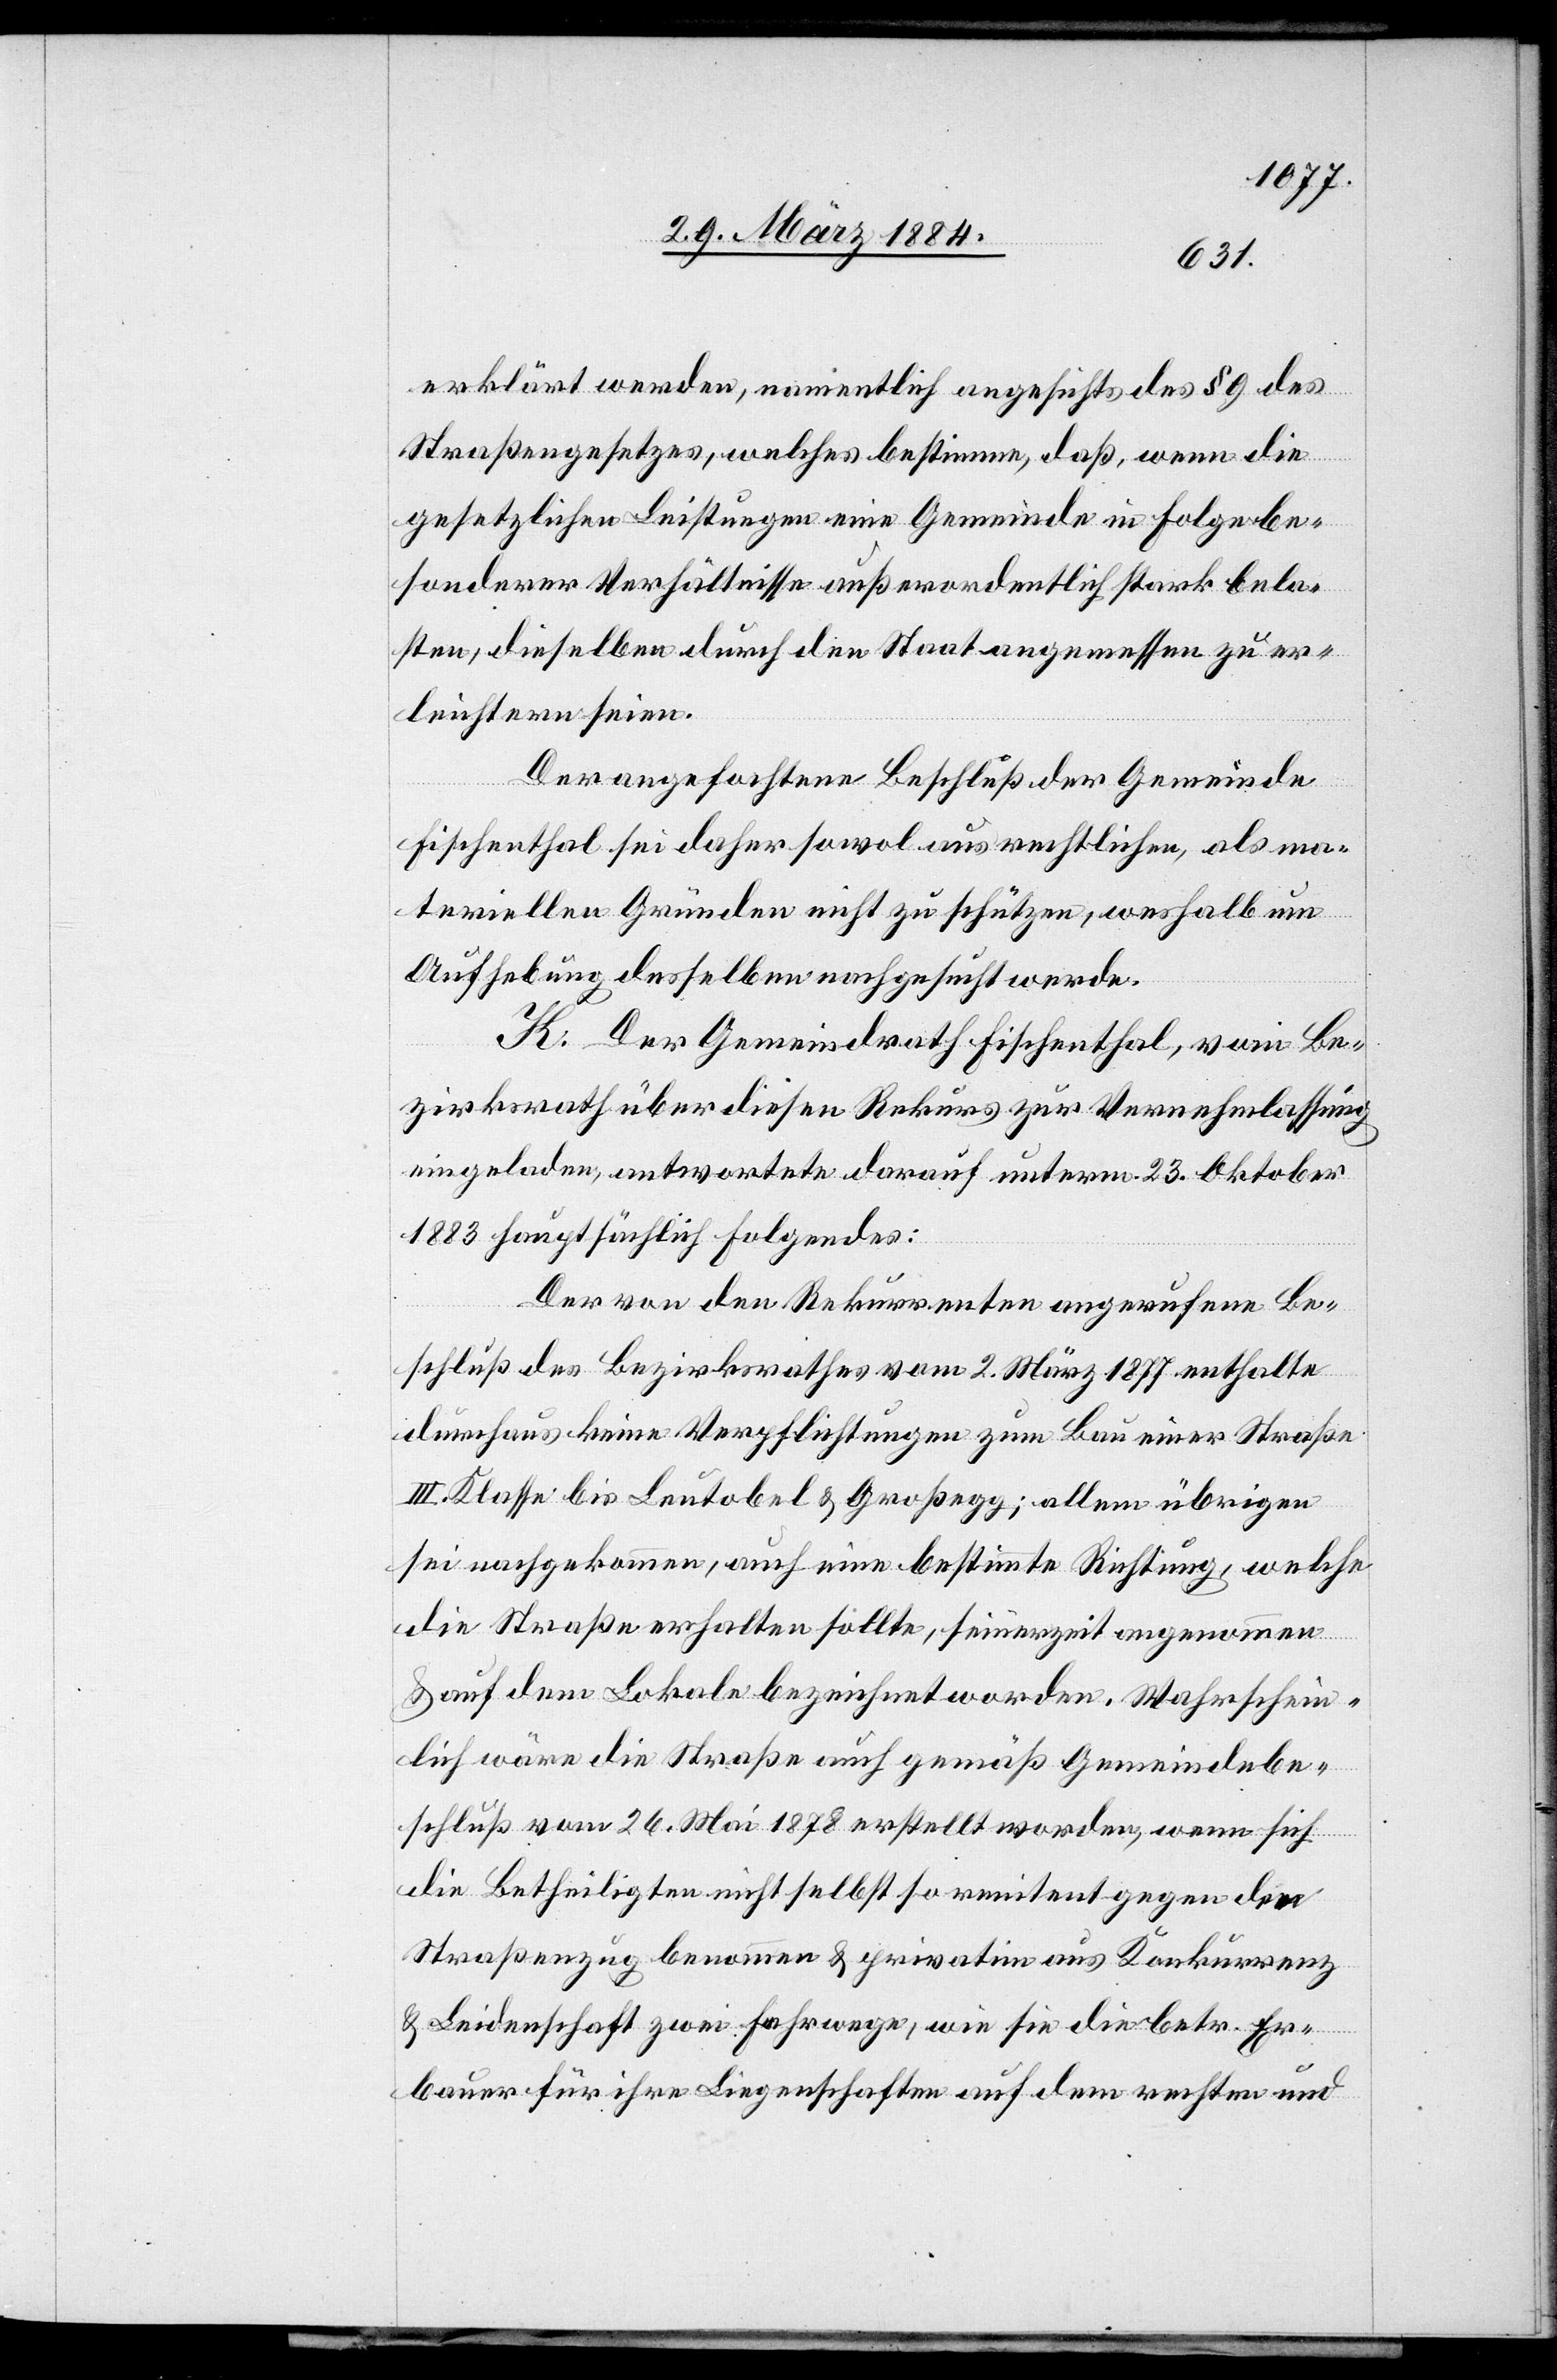
erklärt werden, namentlich angesichts des § 9 des
Straßengesetzes, welcher bestimme, daß, wenn die
gesetzlichen Leistungen eine Gemeinde in Folge be¬
sonderer Verhältnisse außerordentlich stark bela¬
sten, dieselben durch den Staat angemessen zu er¬
leichtern seien.
Der angefochtene Beschluß der Gemeinde
Fischenthal sei daher sowol aus rechtlichen, als ma¬
teriellen Gründen nicht zu schützen, weshalb um
Aufhebung desselben nachgesucht werde.
K. Der Gemeindrath Fischenthal, vom Be¬
zirksrath über diesen Rekurs zur Vernehmlassung
eingeladen, antwortete darauf unterm 23. Oktober
1883 hauptsächlich Folgendes:
Der von den Rekurrenten angerufene Be¬
schluß des Bezirksrathes vom 2. März 1877 enthalte
durchaus keine Verpflichtungen zum Bau einer Straße
III. Klasse bis Leutobel & Großegg; allem übrigen
sei nachgekommen, auch eine bestimmte Richtung, welche
die Straße erhalten sollte, seinerzeit angenommen
& auf dem Lokale bezeichnet worden. Wahrschein¬
lich wäre die Straße auch gemäß Gemeindebe¬
schluß vom 26. Mai 1878 erstellt worden, wenn sich
die Betheiligten nicht selbst so renitent gegen den
Straßenzug benommen & privatim aus Konkurrenz
& Leidenschaft zwei Fahrwege, wie sie die betr. Er¬
bauer für ihre Liegenschaften auf dem rechten und